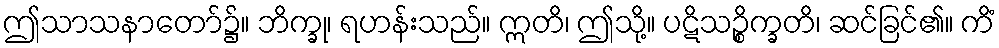
ဤသာသနာတော်၌။ ဘိက္ခု၊ ရဟန်းသည်။ ဣတိ၊ ဤသို့။ ပဋိသဉ္စိက္ခတိ၊ ဆင်ခြင်၏။ ကိံ